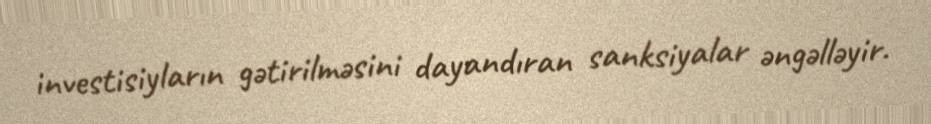
investisiyların gətirilməsini dayandıran sanksiyalar əngəlləyir.